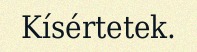
Kísértetek.